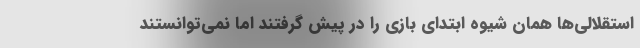
استقلالی‌ها همان شیوه ابتدای بازی را در پیش گرفتند اما نمی‌توانستند